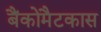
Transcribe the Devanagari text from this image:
बैंकोमैटकास